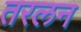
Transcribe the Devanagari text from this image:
तरलन